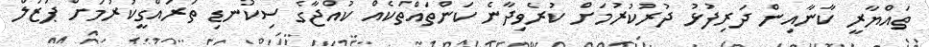
ތައްޔާރީ ކާނާއިން ދަރިފުޅު ދުރުކުރުމަށް ކުރެވިދާނެ ކަންތައްތަކެއް ކުއްޖާގެ ސިކުނޑި ތަރައްގީކުރުމަށް ޕަޒުލް